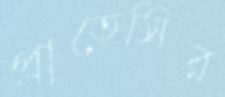
প্রাতেসির